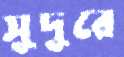
সূদূরে